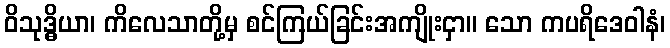
ဝိသုဒ္ဓိယာ၊ ကိလေသာတို့မှ စင်ကြယ်ခြင်းအကျိုးငှာ။ သော ကပရိဒေဝါနံ၊